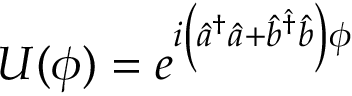
U ( \phi ) = e ^ { i \left( \hat { a } ^ { \dagger } \hat { a } + \hat { b } ^ { \hat { \dagger } } \hat { b } \right) \phi }